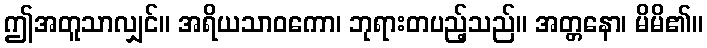
ဤအတူသာလျှင်။ အရိယသာဝကော၊ ဘုရားတပည့်သည်။ အတ္တနော၊ မိမိ၏။